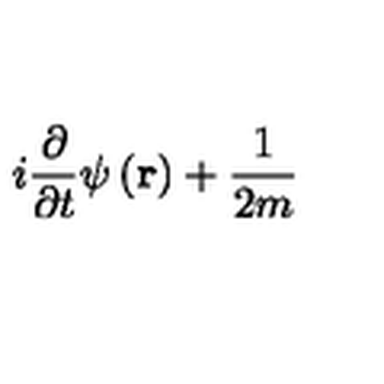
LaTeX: i \frac { \partial } { \partial t } \psi \left( \mathbf { r } \right) + \frac { 1 } { 2 m }